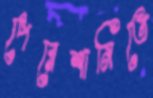
পেরেশানিতে